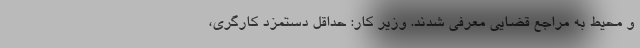
و محیط به مراجع قضایی معرفی شدند. وزیر کار: حداقل دستمزد کارگری،